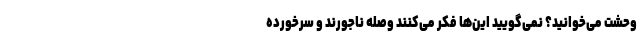
وحشت می‌خوانید؟ نمی‌گویید این‌ها فکر می‌کنند وصله ناجورند و سرخورده